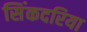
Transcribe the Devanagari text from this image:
सिंकदरिया